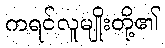
ကရင်လူမျိုးတို့၏